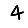
Digit: 4